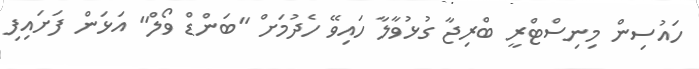
ހައުސިން މިނިސްޓްރީ ބްރިޖާ ގުޅުވާލާ ހައިވޭ ހެދުމަށް "ބަންޑް ވޯލް" އަޅަން ފަށައިފި